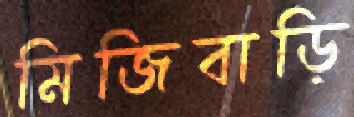
মিজিবাড়ি